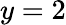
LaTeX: y=2